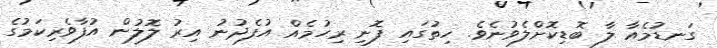
ގަނޑުމެއާ ލާ ބޮޑިކޮށްލެވުނެވެ. ހިތުގައި ފޮނި ރިހުމެއް އުފެދުނު އިރު ލޮލުން އުފާވެރިކަމުގެ